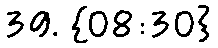
39. {08:30}